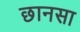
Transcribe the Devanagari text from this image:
छानसा